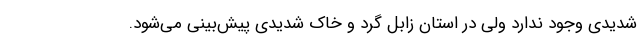
شدیدی وجود ندارد ولی در استان زابل گرد و خاک شدیدی پیش‌بینی می‌شود.